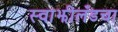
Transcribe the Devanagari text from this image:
स्वाझीलँडचा